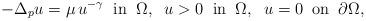
LaTeX: \begin{align*}-\Delta_p u=\mu\, u^{-\gamma}\;\;\mbox{in}\;\;\Omega,\;\; u>0\;\; \mbox{in}\;\;\Omega,\;\; u=0\;\;\mbox{on}\;\;\partial\Omega, \end{align*}